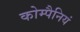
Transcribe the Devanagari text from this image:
कोम्पैनियं